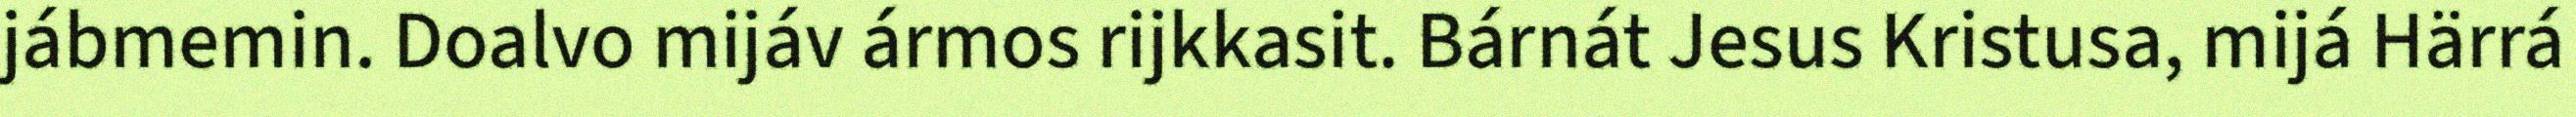
jábmemin. Doalvo mijáv ármos rijkkasit. Bárnát Jesus Kristusa, mijá Härrá